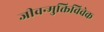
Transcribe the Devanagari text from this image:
जीवन्मुक्तिविवेक